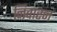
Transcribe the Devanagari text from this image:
निवारन